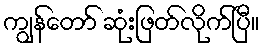
ကျွန်တော် ဆုံးဖြတ်လိုက်ပြီ။